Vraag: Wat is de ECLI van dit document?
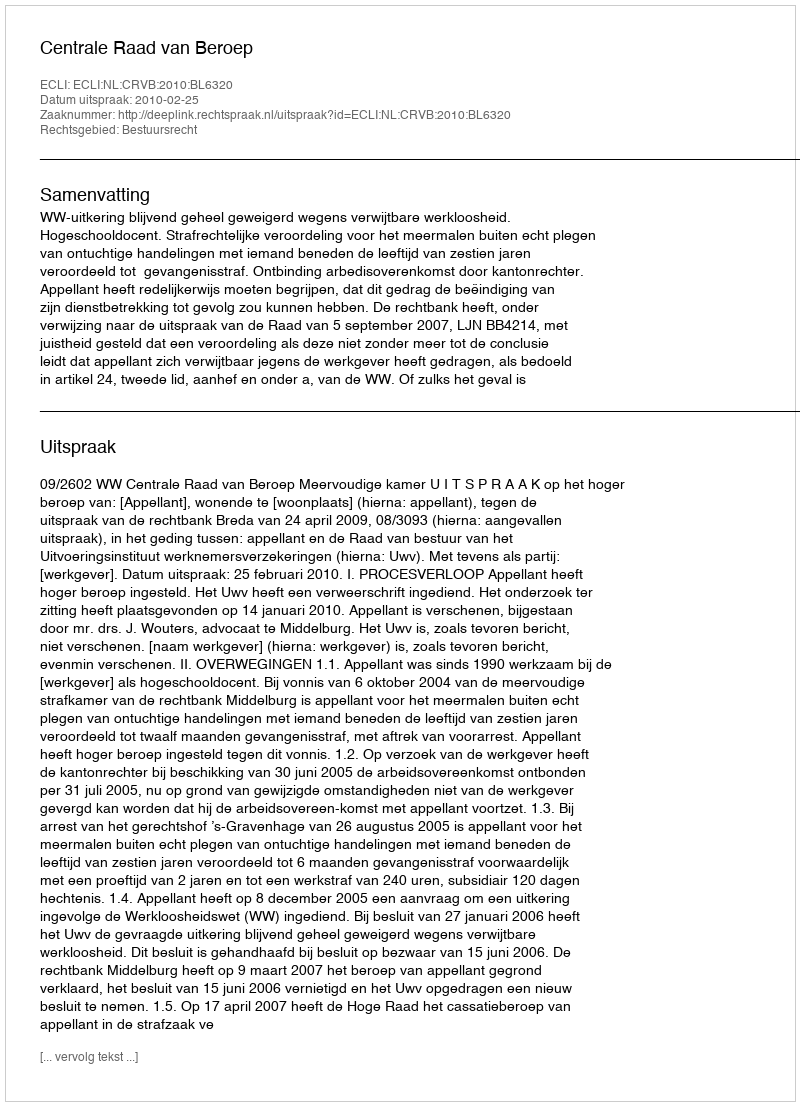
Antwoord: ECLI:NL:CRVB:2010:BL6320